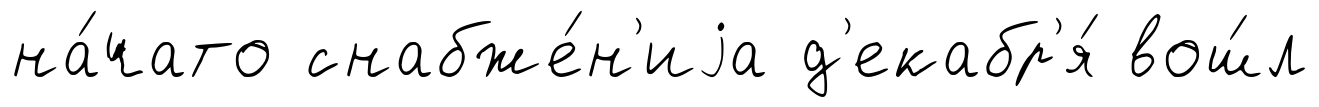
на́чато снабже́н'иjа д'екабр'я́ вош́л